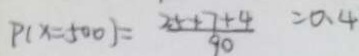
P ( x = 5 0 0 ) = \frac { 2 5 + 7 + 4 } { 9 0 } = 0 . 4